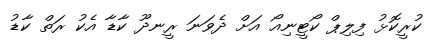
ކުރީކޮޅު ފިލިޕް ކޯޓީނިއޯ އަށް ދެވަނަ ރީނދޫ ކާޑާ އެކު ރަތް ކާޑު